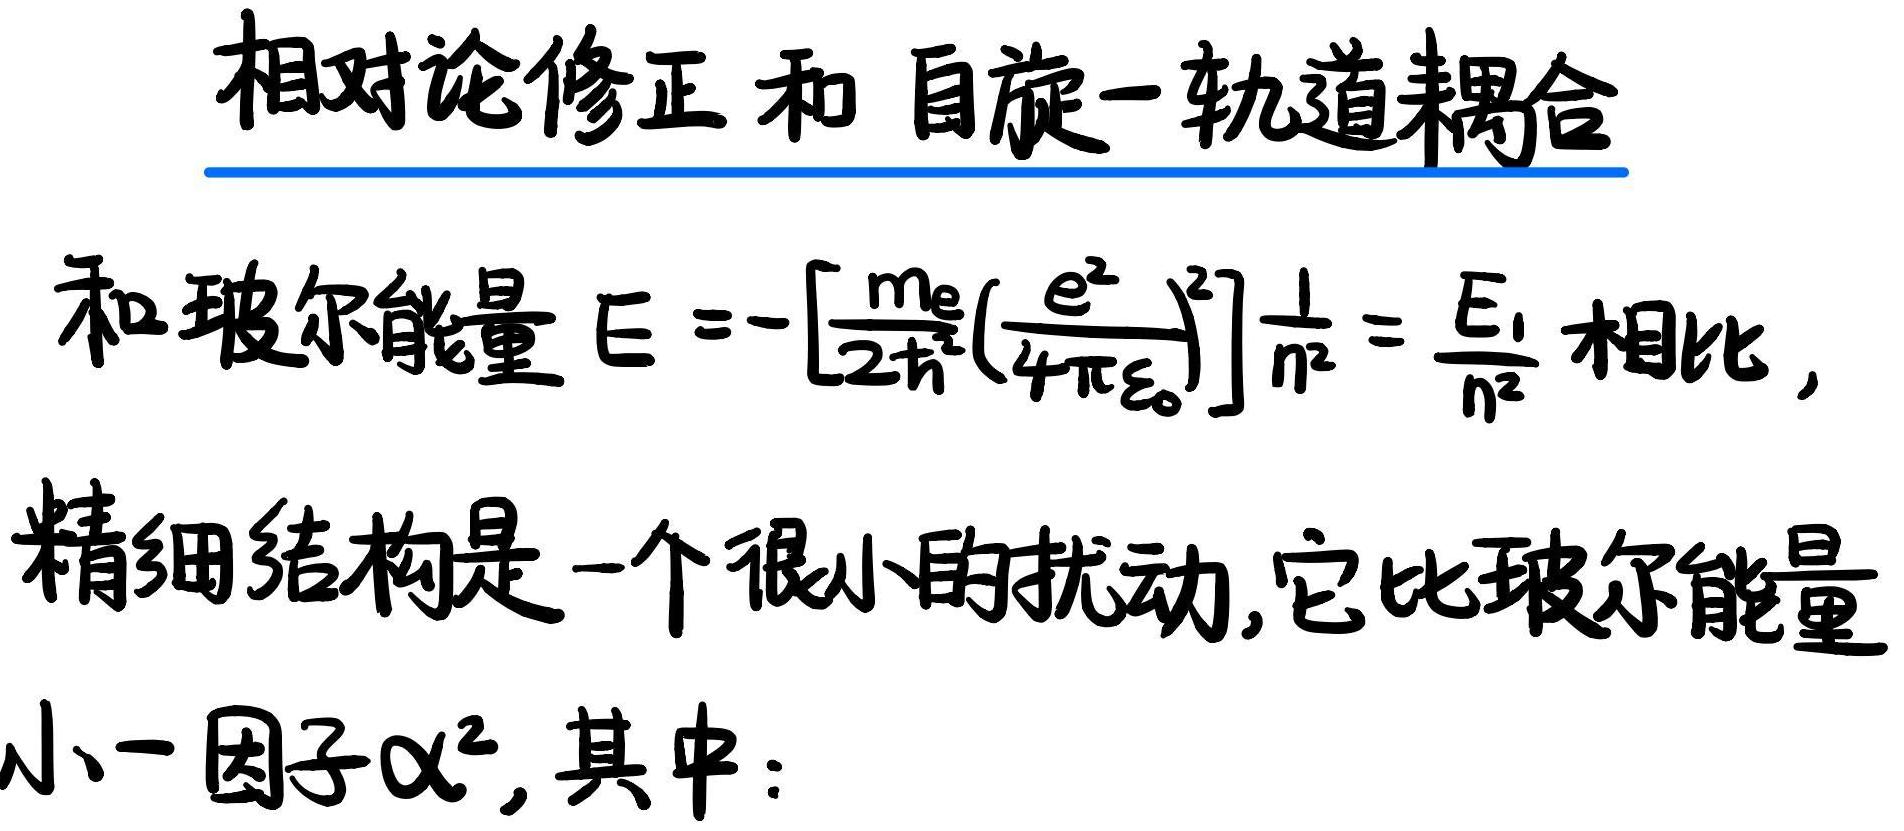
相对论修正和 自旋 - 轨道耦合

和玻尔能量 $E = - \left[\frac{m_e}{2 \hbar^2} \left(\frac{e^2}{4 \pi \varepsilon_0}\right)^2\right] \frac{1}{n^2} = \frac{E_1}{n^2}$ 相比，精细结构是一个很小的扰动,它比玻尔能量小一因子$\alpha^2$, 其中：